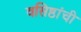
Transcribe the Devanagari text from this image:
वसिष्ठांची